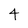
Character: 4